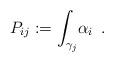
LaTeX: \begin{align*}{P_{ij}}:={\int_{\gamma_j}}{\alpha_i}\,\,\,.\end{align*}